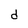
Character: d